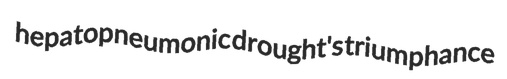
hepatopneumonic drought's triumphance